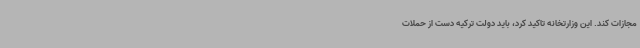
مجازات کند. این وزارتخانه تاکید کرد، باید دولت ترکیه دست از حملات